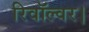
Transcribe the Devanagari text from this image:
रिवॉल्वर।